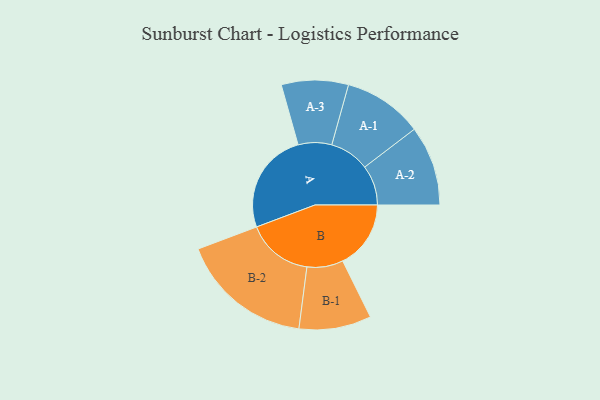
{"axis": {"x": "Segment", "y": "Value"}, "legend": ["", "A", "B"], "data": [{"x": "A", "y": 343, "type": ""}, {"x": "B", "y": 230, "type": ""}, {"x": "A-1", "y": 134, "type": "A"}, {"x": "A-2", "y": 135, "type": "A"}, {"x": "A-3", "y": 113, "type": "A"}, {"x": "B-1", "y": 122, "type": "B"}, {"x": "B-2", "y": 224, "type": "B"}]}